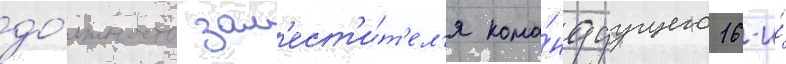
до́лжность зам'ест'и́т'ел'я кома́ндуущего 16-и́